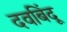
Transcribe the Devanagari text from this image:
दवबिंदू